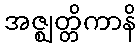
အဇ္ဈတ္တိကာနိ